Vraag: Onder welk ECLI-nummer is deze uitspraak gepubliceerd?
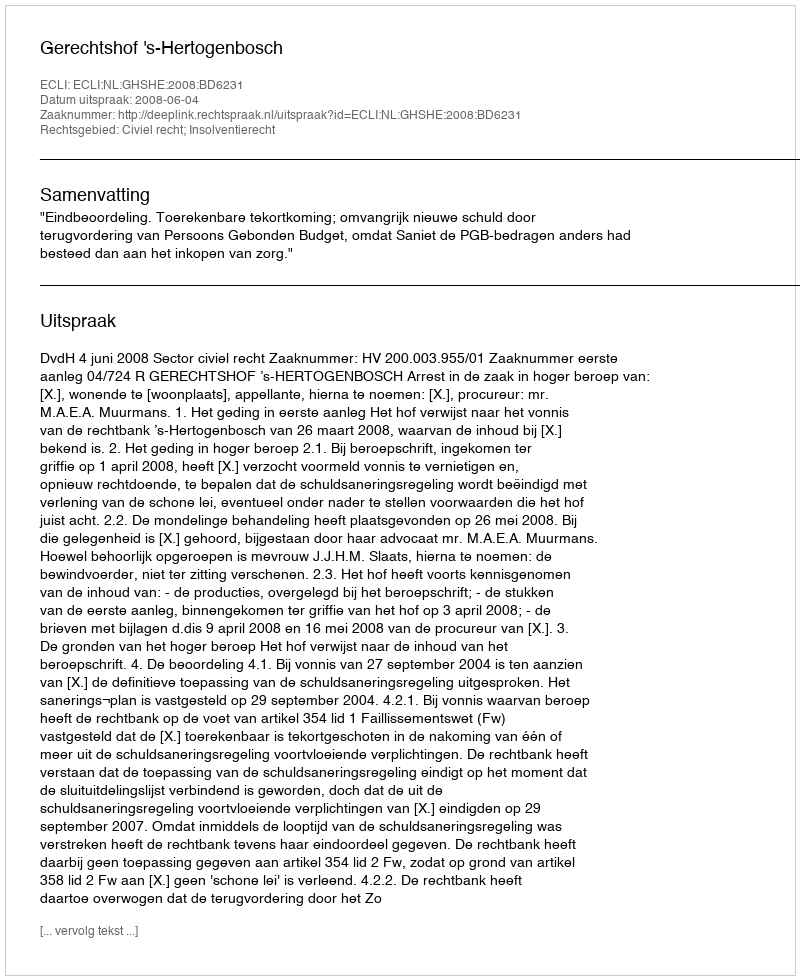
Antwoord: ECLI:NL:GHSHE:2008:BD6231